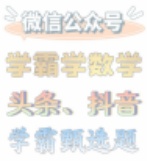
微信公众号
学霸学数学
头条、抖音
学霸刷选题